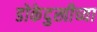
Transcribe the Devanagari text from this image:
डोकेदुखीच्या